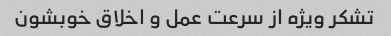
تشکر ویژه از سرعت عمل و اخلاق خوبشون